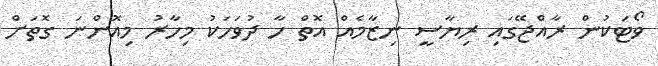
ވޯޓަކުން ރާއްޖޭގައި ރިޔާސީ ނިޒާމެއް އޮތް ހާ ދުވަހަކު މިހާރު މިއޮންނަ ގޮތަށް